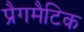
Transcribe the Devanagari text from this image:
प्रैगमैटिक